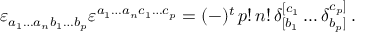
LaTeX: \varepsilon _ { a _ { 1 } \ldots a _ { n } b _ { 1 } \ldots b _ { p } } \varepsilon ^ { a _ { 1 } \ldots a _ { n } c _ { 1 } \ldots c _ { p } } = ( - ) ^ { t } \, p ! \, n ! \, \delta _ { [ b _ { 1 } } ^ { [ c _ { 1 } } \ldots \delta _ { b _ { p } ] } ^ { c _ { p } ] } \, .